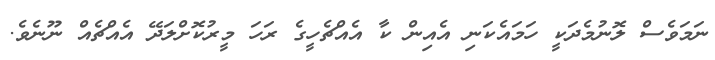
ނަމަވެސް ލޮނުމެދަކީ ހަމައެކަނި އެއިން ކާ އެއްޗެހީގެ ރަހަ މީރުކޮށްލަދޭ އެއްޗެއް ނޫނެވެ.